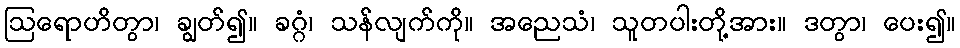
ဩရောဟိတွာ၊ ချွတ်၍။ ခဂ္ဂံ၊ သန်လျက်ကို။ အညေသံ၊ သူတပါးတို့အား။ ဒတွာ၊ ပေး၍။